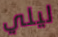
ليلي